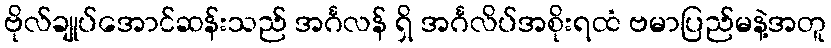
ဗိုလ်ချုပ်အောင်ဆန်းသည် အင်္ဂလန် ရှိ အင်္ဂလိပ်အစိုးရထံ ဗမာပြည်မနဲ့အတူ